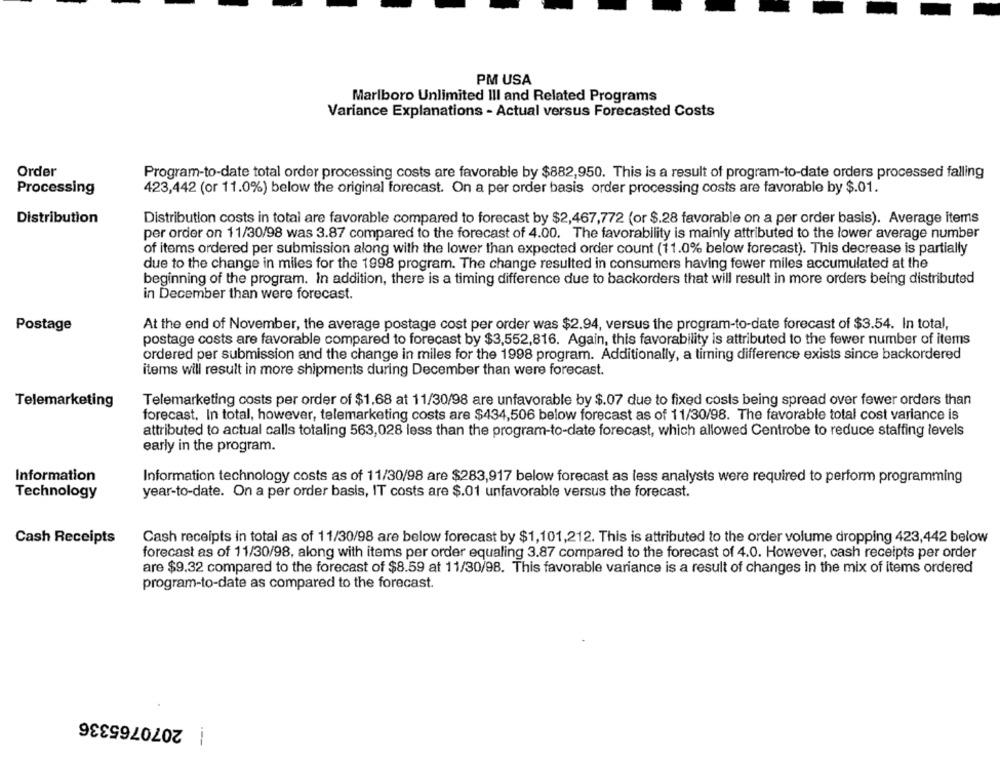
PM USA
Marlboro Unlimited III and Related Programs
Variance Explanations - Actual versus Forecasted Costs
Order
Program-to-date total order processing costs are favorable by $882,950. This is a result of program-to-date orders processed falling
Processing
423,442 (or 11.0%) below the original forecast. On a per order basis order processing costs are favorable by $.01.
Distribution
Distribution costs in total are favorable compared to forecast by $2,467,772 (or $.28 favorable on a per order basis). Average items
per order on 11/30/98 was 3.87 compared to the forecast of 4.00. The favorability is mainly attributed to the lower average number
of items ordered per submission along with the lower than expected order count (11.0% below forecast). This decrease is partially
due to the change in miles for the 1998 program. The change resulted in consumers having fewer miles accumulated at the
beginning of the program. In addition, there is a timing difference due to backorders that will result in more orders being distributed
in December than were forecast.
Postage
At the end of November, the average postage cost per order was $2.94, versus the program-to-date forecast of $3.54. In total,
postage costs are favorable compared to forecast by $3,552,816. Again, this favorability is attributed to the fewer number of items
ordered per submission and the change in miles for the 1998 program. Additionally, a timing difference exists since backordered
items will result in more shipments during December than were forecast.
Telemarketing
Telemarketing costs per order of $1.68 at 11/30/98 are unfavorable by $.07 due to fixed costs being spread over fewer orders than
forecast. In total, however, telemarketing costs are $434,506 below forecast as of 11/30/98. The favorable total cost variance is
attributed to actual calls totaling 563,028 less than the program-to-date forecast, which allowed Centrobe to reduce staffing levels
early in the program.
Information
Information technology costs as of 11/30/98 are $283,917 below forecast as less analysts were required to perform programming
Technology
year-to-date. On a per order basis, IT costs are $.01 unfavorable versus the forecast.
Cash Receipts
Cash receipts in total as of 11/30/98 are below forecast by $1,101,212. This is attributed to the order volume dropping 423,442 below
forecast as of 11/30/98, along with items per order equaling 3.87 compared to the forecast of 4.0. However, cash receipts per order
are $9.32 compared to the forecast of $8.59 at 11/30/98. This favorable variance is a result of changes in the mix of items ordered
program-to-date as compared to the forecast.
2070765336
---